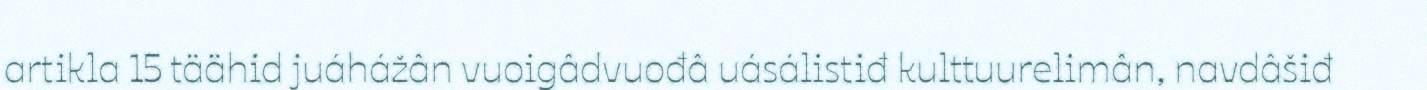
artikla 15 täähid juáhážân vuoigâdvuođâ uásálistiđ kulttuurelimân, navdâšiđ